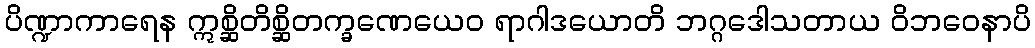
ပိဏ္ဍာကာရေန ဣစ္ဆိတိစ္ဆိတက္ခဏေယေဝ ရာဂါဒယောတိ ဘဂ္ဂဒေါသတာယ ဝိဘဝေနာပိ